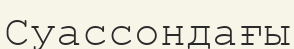
Суассондағы